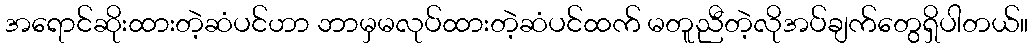
အရောင်ဆိုးထားတဲ့ဆံပင်ဟာ ဘာမှမလုပ်ထားတဲ့ဆံပင်ထက် မတူညီတဲ့လိုအပ်ချက်တွေရှိပါတယ်။